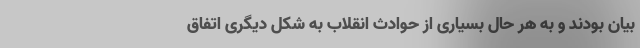
بیان بودند و به هر حال بسیاری از حوادث انقلاب به شکل دیگری اتفاق